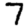
Digit: 7